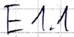
Text: E1.1